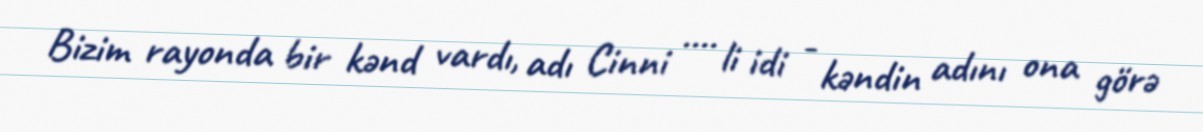
Bizim rayonda bir kənd vardı, adı Cinni .... li idi - kəndin adını ona görə